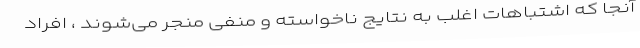
آنجا که اشتباهات اغلب به نتایج ناخواسته و منفی منجر می‌شوند ، افراد